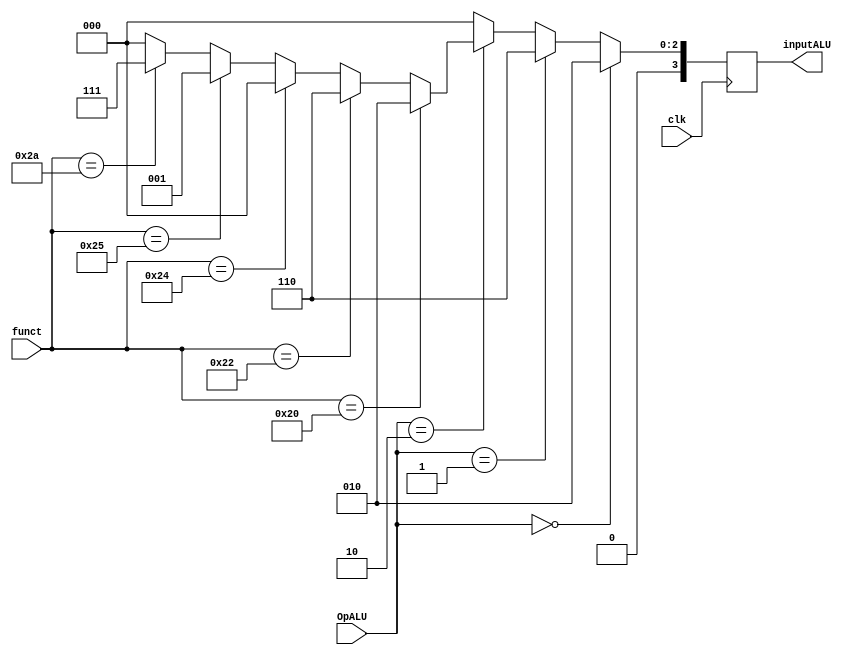
module ULAControl(
    input           clk,
    input      [0:1] OpALU,
    input      [0:5] funct,
    output reg [0:3] inputALU
);

always @(negedge clk) begin
    if (OpALU == 2'b00) begin
        inputALU = 4'b0010; // LW e SW
    end
    else if (OpALU == 2'b01) begin
        inputALU = 4'b0110; // BEQ
    end
    else if (OpALU == 2'b10) begin
        if (funct == 6'b100000) begin
            inputALU = 4'b0010; // ADD
        end
        else if (funct == 6'b100010) begin
            inputALU = 4'b0110; // SUB
        end
        else if (funct == 6'b100100) begin
            inputALU = 4'b0000; // AND
        end
        else if (funct == 6'b100101) begin
            inputALU = 4'b0001; // OR
        end
        else if (funct == 6'b101010) begin
            inputALU = 4'b0111; // SLT
        end
        else begin
            inputALU = 4'b0000;
        end
    end
    else begin
        inputALU = 4'b0000;
    end
end

endmodule